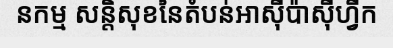
នកម្ម សន្តិសុខនៃតំបន់អាស៊ីប៉ាស៊ីហ្វីក